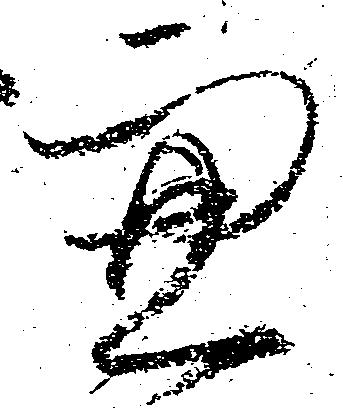
兼